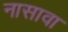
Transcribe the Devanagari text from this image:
नासावा